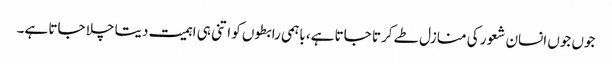
جوں جوں انسان شعور کی منازل طے کرتا جاتا ہے، باہمی رابطوں کو اتنی ہی اہمیت دیتا چلا جاتا ہے۔